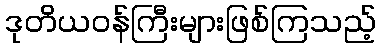
ဒုတိယဝန်ကြီးများဖြစ်ကြသည့်